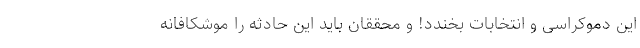
این دموکراسی و انتخابات بخندد! و محققان باید این حادثه را موشکافانه